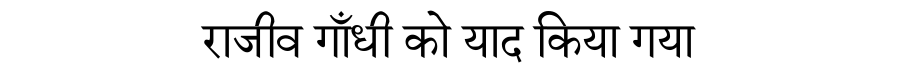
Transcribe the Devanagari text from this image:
राजीव गाँधी को याद किया गया